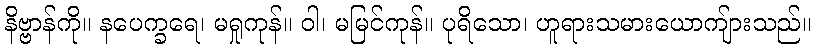
နိဗ္ဗာန်ကို။ နပေက္ခရေ၊ မရှုကုန်။ ဝါ၊ မမြင်ကုန်။ ပုရိသော၊ ဟူရားသမားယောကျ်ားသည်။